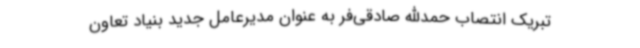
تبریک انتصاب حمدالله صادقی‌فر به عنوان مدیرعامل جدید بنیاد تعاون